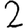
Digit: 2